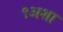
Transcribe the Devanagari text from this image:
९अशा